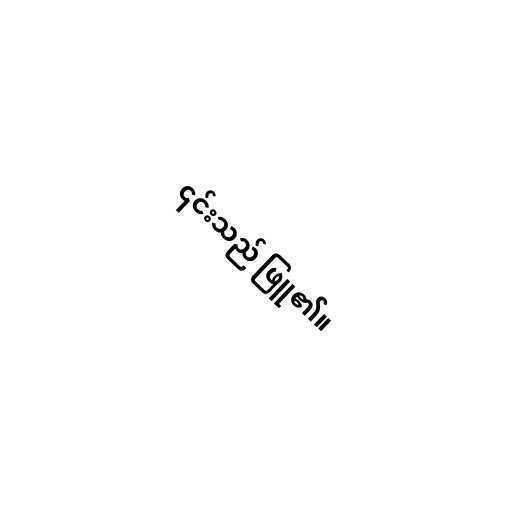
၎င်းသည် ဖြူ၏။